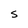
Character: S